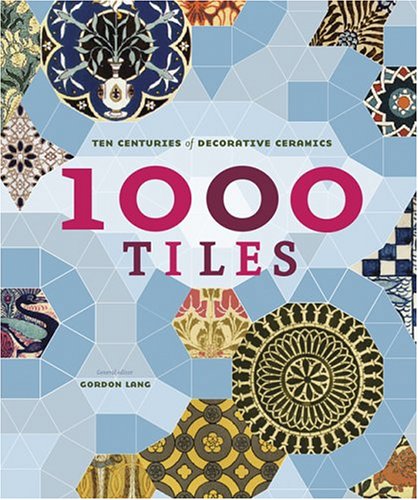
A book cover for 1,000 Tiles: Ten Centuries of Decorative Ceramics; Gordon Lang; Arts & Photography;